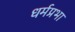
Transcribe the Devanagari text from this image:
धर्मप्रभा